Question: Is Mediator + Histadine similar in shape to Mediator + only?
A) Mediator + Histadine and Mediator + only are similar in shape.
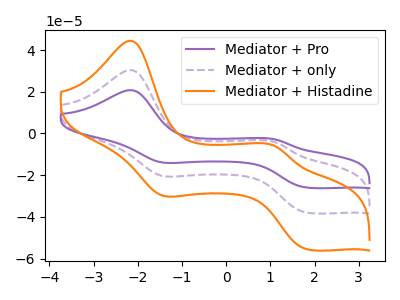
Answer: <think>The purple curve "Mediator + Pro" has anodic peaks at (-2.15V, 60.80uA) (1.10V, -8.20uA) and cathodic peaks at (-1.45V, -40.50uA) (1.85V, -76.00uA). The purple dashed curve "Mediator + only" has anodic peaks at (-2.15V, 30.40uA) (1.10V, -4.10uA) and cathodic peaks at (-1.45V, -20.25uA) (1.85V, -38.00uA). The orange curve "Mediator + Histadine" has anodic peaks at (-2.15V, 44.50uA) (1.10V, -6.00uA) and cathodic peaks at (-1.45V, -29.65uA) (1.85V, -55.60uA).
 All the peaks in "Mediator + Histadine" have a peak in "Mediator + only" at the same potential.</think>
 <answer>A) "Mediator + Histadine" and "Mediator + only" are similar in shape.</answer>
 <eval>A</eval>